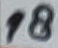
Text: 18